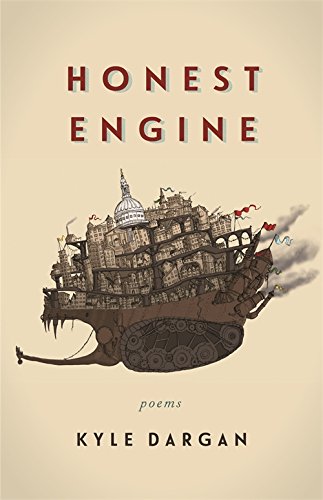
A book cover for Honest Engine; Kyle Dargan; Literature & Fiction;